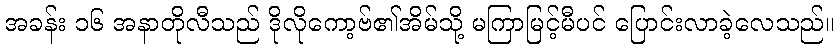
အခန်း ၁၆ အနာတိုလီသည် ဒိုလိုကော့ဗ်၏အိမ်သို့ မကြာမြင့်မီပင် ပြောင်းလာခဲ့လေသည်။